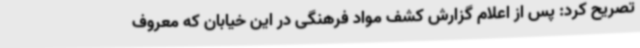
تصریح کرد: پس از اعلام گزارش کشف مواد فرهنگی در این خیابان که معروف